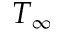
T _ { \infty }